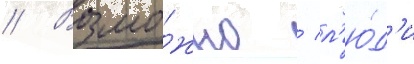
// Возмо́жно / л'ю́д'и